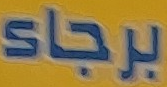
برجاء